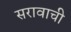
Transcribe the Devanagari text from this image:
सरावाची